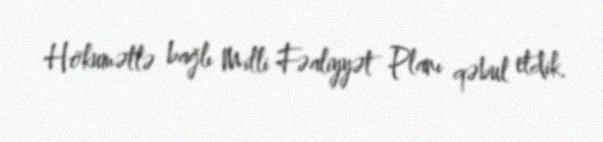
Hökumətlə bağlı Milli Fəaliyyət Planı qəbul etdik.